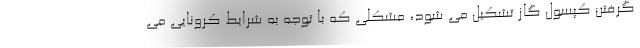
گرفتن کپسول گاز تشکیل می شود، مشکلی که با توجه به شرایط کرونایی می